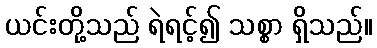
ယင်းတို့သည် ရဲရင့်၍ သစ္စာ ရှိသည်။